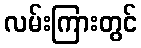
လမ်းကြားတွင်